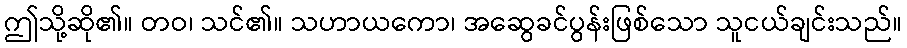
ဤသို့ဆို၏။ တဝ၊ သင်၏။ သဟာယကော၊ အဆွေခင်ပွန်းဖြစ်သော သူငယ်ချင်းသည်။